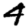
Digit: 4